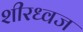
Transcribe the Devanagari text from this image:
शीरध्वज